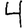
Digit: 4